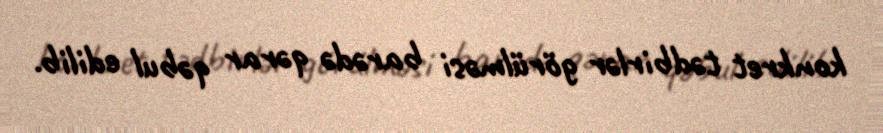
konkret tədbirlər görülməsi barədə qərar qəbul edilib.